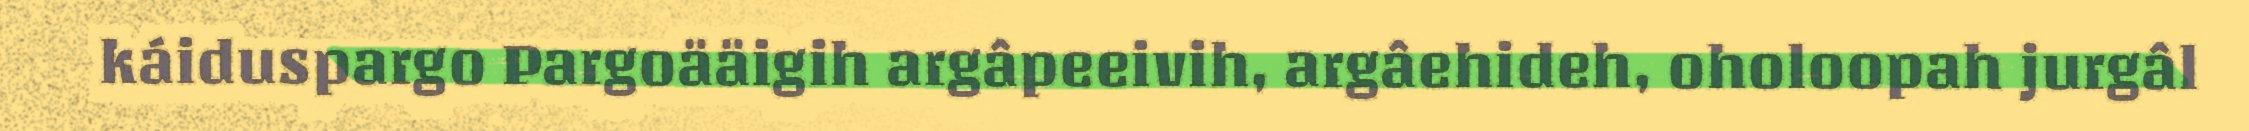
káiduspargo Pargoääigih argâpeeivih, argâehideh, oholoopah jurgâl